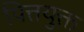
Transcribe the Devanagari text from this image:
पित्तयुक्त